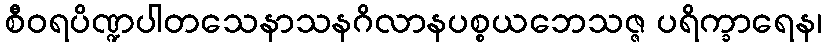
စီဝရပိဏ္ဍပါတသေနာသနဂိလာနပစ္စယဘေသဇ္ဇ ပရိက္ခာရေန၊